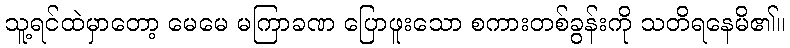
သူ့ရင်ထဲမှာတော့ မေမေ မကြာခဏ ပြောဖူးသော စကားတစ်ခွန်းကို သတိရနေမိ၏။